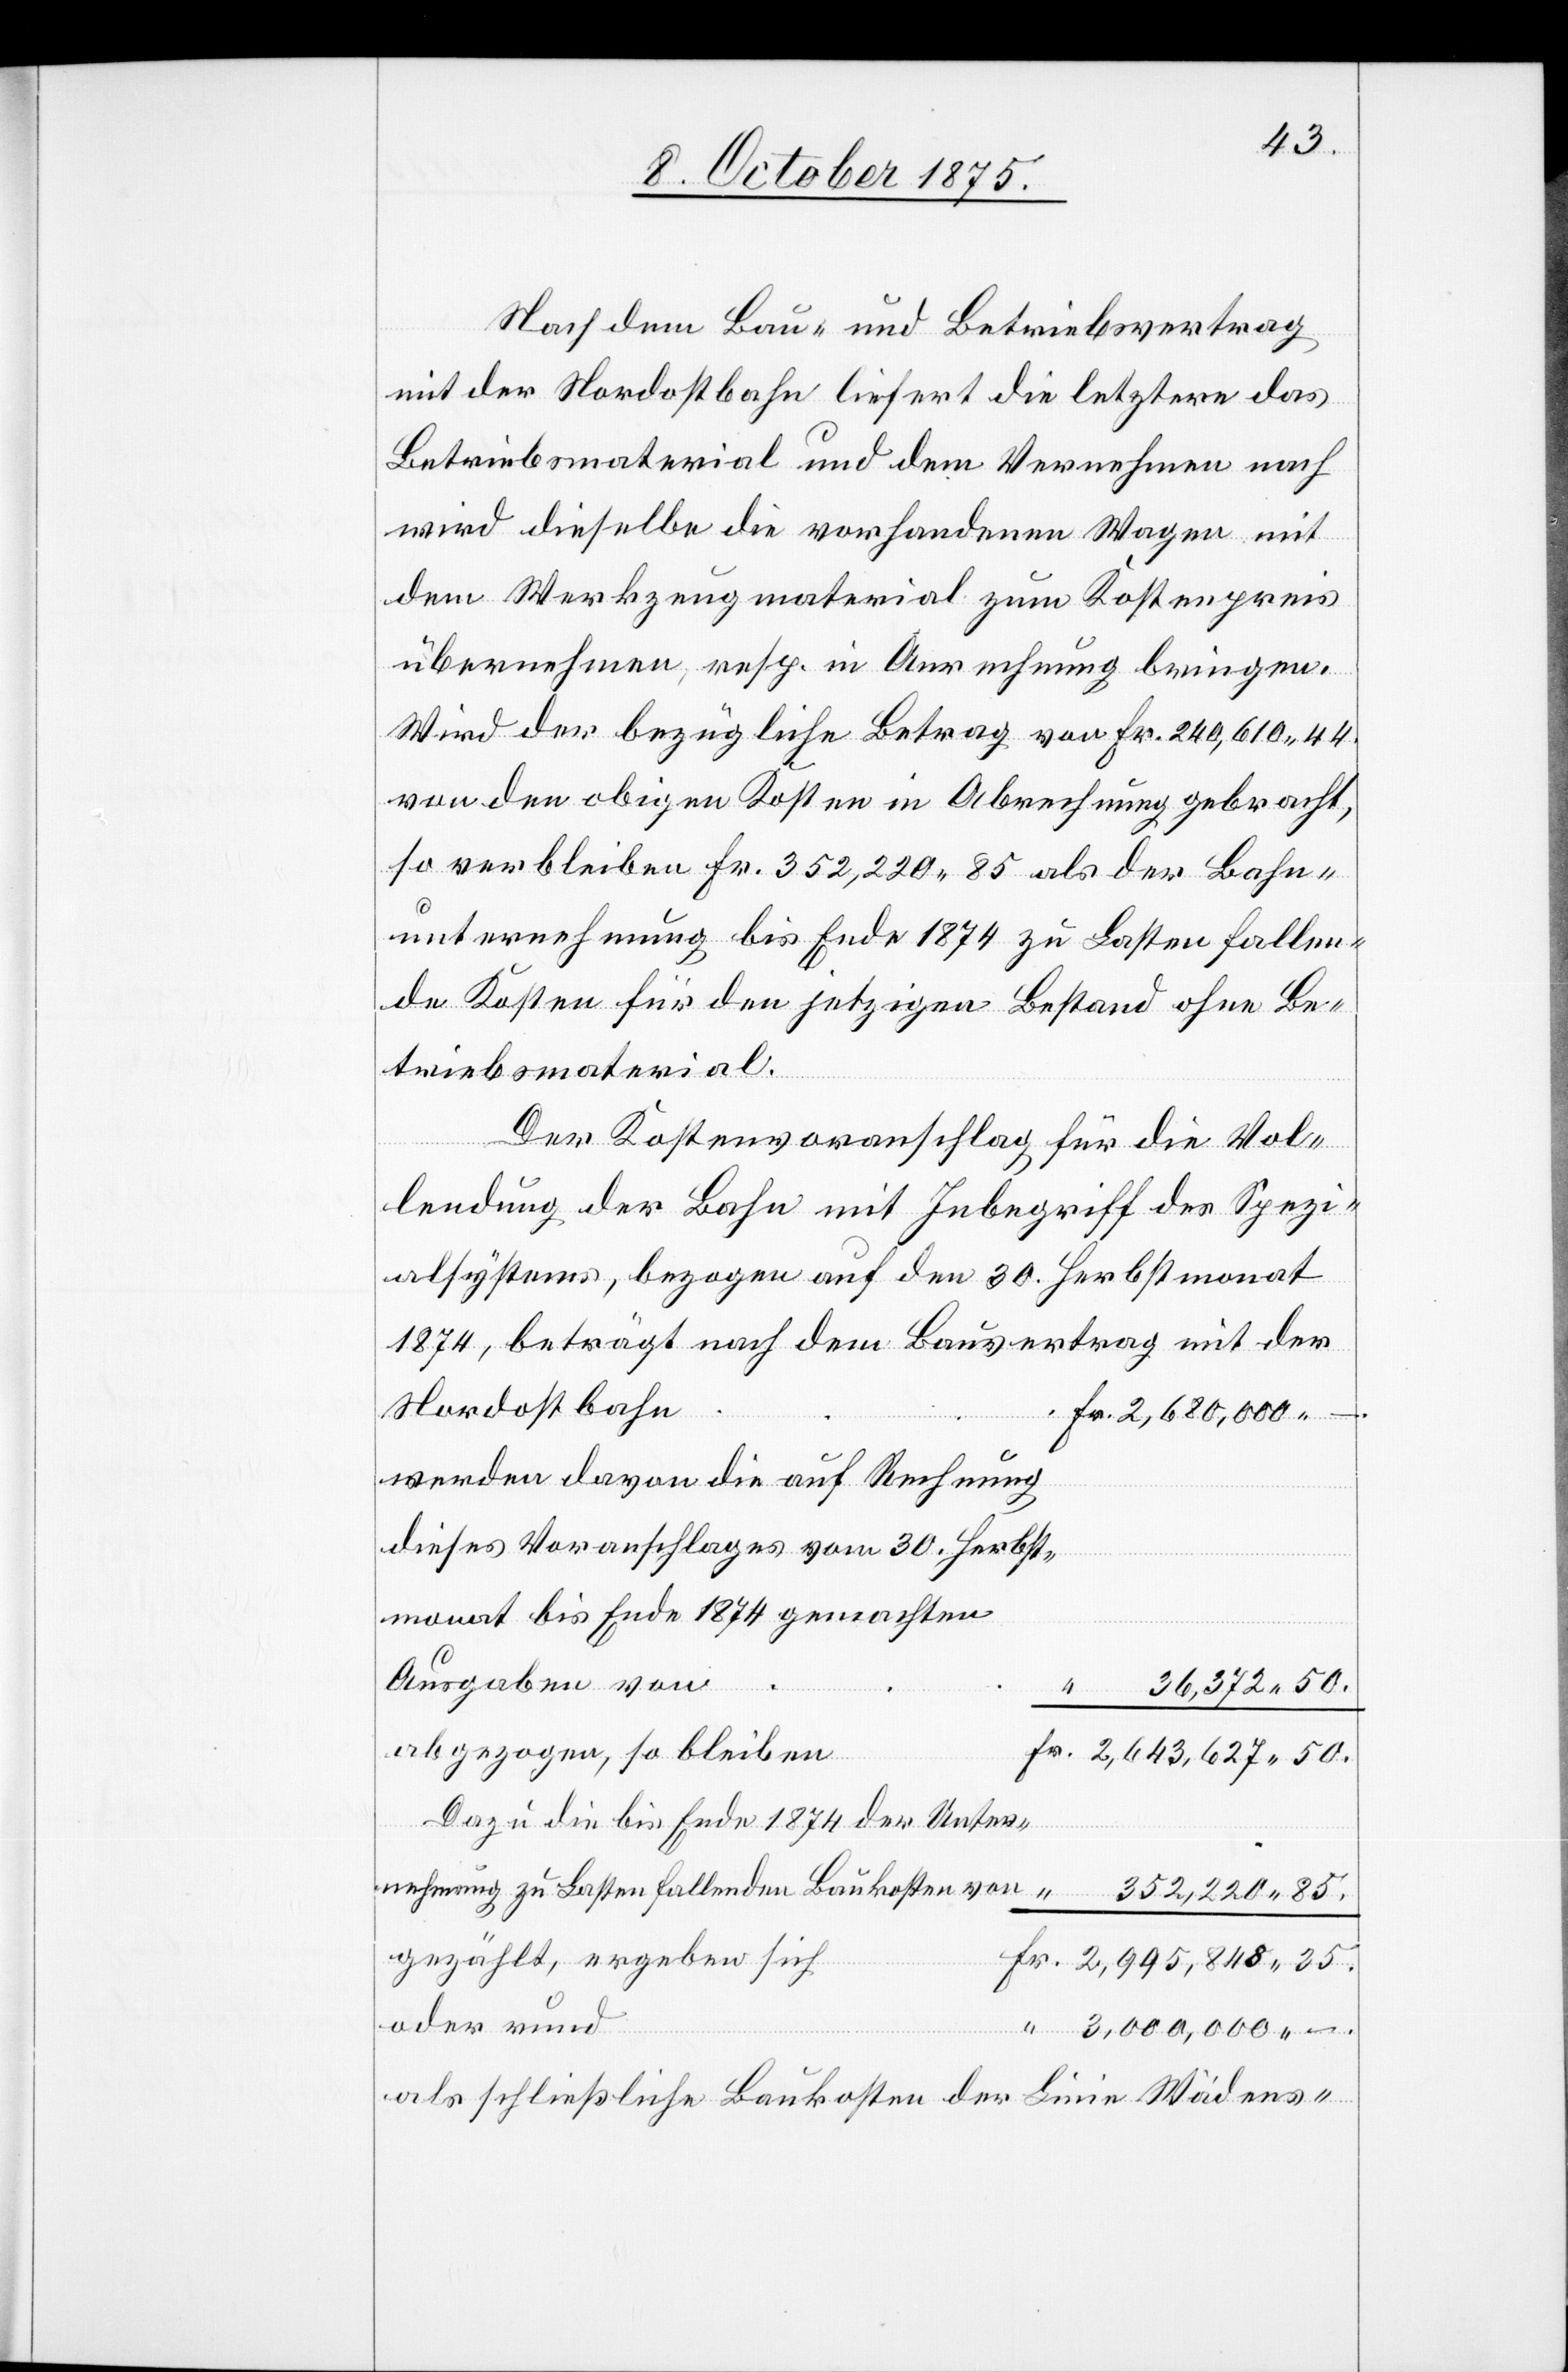
35.
Nach dem Bau- und Betriebsvertrag
mit der Nordostbahn liefert die letztere das
Betriebsmaterial und dem Vernehmen nach
wird dieselbe die vorhandenen Wagen mit
dem Werkzeugmaterial zum Kostenpreis
übernehmen, resp. in Anrechnung bringen.
Wird der bezügliche Betrag von Fr. 240,610 44
von den obigen Kosten in Abrechnung gebracht,
so verbleiben Fr. 352,220 85 als der Bahn¬
unternehmung bis Ende 1874 zu Lasten fallen¬
de Kosten für den jetzigen Bestand ohne Be¬
triebsmaterial.
Der Kostenvoranschlag für die Vol¬
lendung der Bahn mit Inbegriff des Spezi¬
alsystems, bezogen auf den 30. Herbstmona¬
t1874, beträgt nach dem Bauvertrag mit der
Nordostbahn
Fr.
2,680,000 –.
werden davon die auf Rechnung
dieses Voranschlages vom 30. Herbst¬
monat bis Ende 1874 gemachten
Ausgaben von
36,372 50.
abgezogen, so bleiben
Dazu die bis Ende 1874 der Unter¬
nehmung zu Lasten fallenden Baukosten von
352,220 85.
gezählt, ergeben sich
oder rund
3,000,000 –.
als schließliche Baukosten der Linie Wädens-